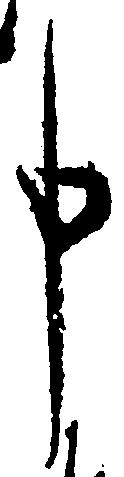
申